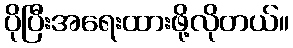
ပိုပြီးအရေးထားဖို့လိုတယ်။